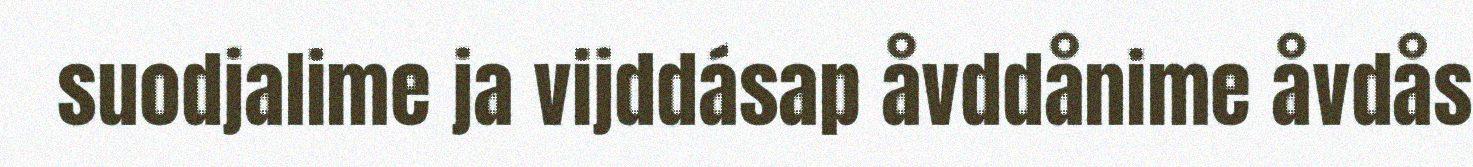
suodjalime ja vijddásap åvddånime åvdås